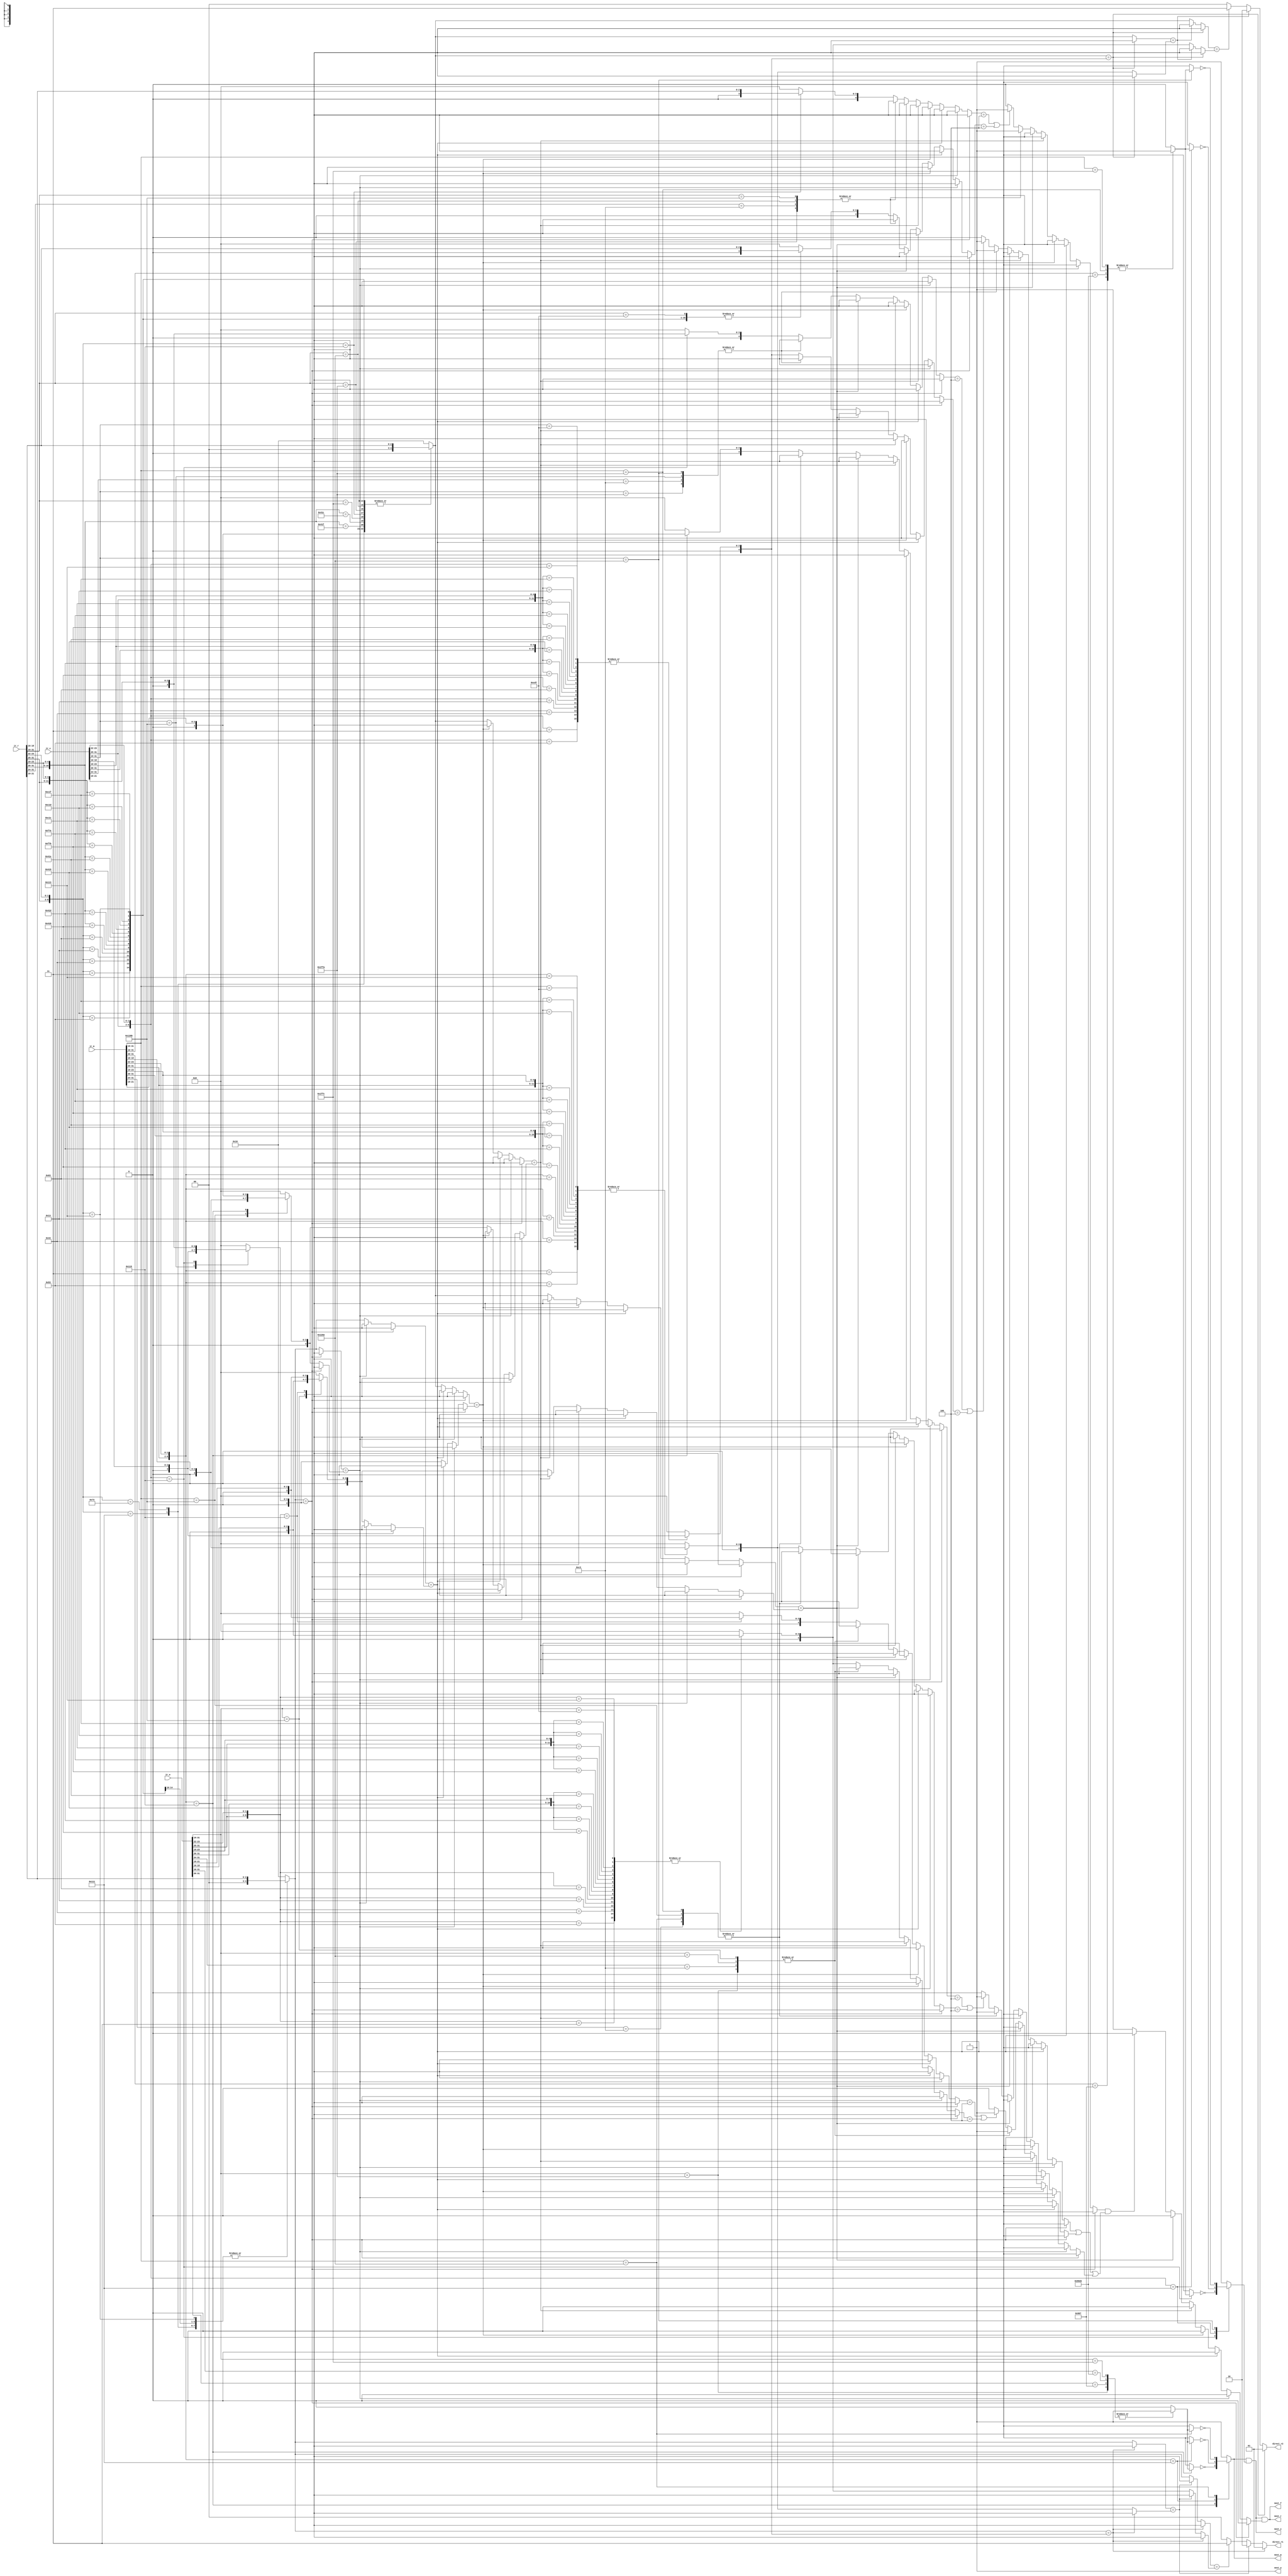
`define esp 3'b100

`define zLD   16'b 1000_101x_01_xxxxxx     // rg1, rg2, sim8
`define zST   16'b 1000_100x_01_xxxxxx     // rg1, rg2, sim8
`define zLIL  16'b 0110_0110_10_111_xxx    //      rg2, im16
`define zMOV  16'b 1000_100x_11_xxxxxx     // rg1, rg2
`define zADD  16'b 0000_000x_11_xxxxxx     // rg1, rg2
`define zSUB  16'b 0010_100x_11_xxxxxx     // rg1, rg2
`define zCMP  16'b 0011_100x_11_xxxxxx     // rg1, rg2 
`define zAND  16'b 0010_000x_11_xxxxxx     // rg1, rg2  
`define zOR   16'b 0000_100x_11_xxxxxx     // rg1, rg2 
`define zXOR  16'b 0011_000x_11_xxxxxx     // rg1, rg2
`define zADDI 16'b 1000_00xx_11_000_xxx    //      rg2, sim8
`define zSUBI 16'b 1000_00xx_11_101_xxx    //      rg2, sim8
`define zCMPI 16'b 1000_00xx_11_111_xxx    //      rg2, sim8 
`define zANDI 16'b 1000_00xx_11_100_xxx    //      rg2, sim8  
`define zORI  16'b 1000_00xx_11_001_xxx    //      rg2, sim8 
`define zXORI 16'b 1000_00xx_11_110_xxx    //      rg2, sim8  
`define zNEG  16'b 1111_011x_11_011_xxx    //      rg2
`define zNOT  16'b 1111_011x_11_010_xxx    //      rg2
`define zSLL  16'b 1100_000x_11_100_xxx    //      rg2, sim8
`define zSLA  16'b 1100_000x_11_100_xxx    //      rg2, sim8
`define zSRL  16'b 1100_000x_11_101_xxx    //      rg2, sim8
`define zSRA  16'b 1100_000x_11_111_xxx    //      rg2, sim8
`define zB    16'b 1001_0000_1110_1011     //           sim8
`define zBcc  16'b 1001_0000_0111_xxxx     //           sim8, tttn
`define zJALR 16'b 1111_1111_11_010_xxx    //      rg2
`define zRET  16'b 1100_0011_xxxx_xxxx     // 
`define zJR   16'b 1111_1111_11_100_xxx    //      rg2
`define zPUSH 16'b 1001_0000_0101_0_xxx    //      rg2
`define zPOP  16'b 1001_0000_0101_1_xxx    //      rg2
`define zNOP  16'b 1001_0000_1001_0000     // nop
`define zHLT  16'b 1111_0100_xxxx_xxxx     // hlt

module hazard_detector ( ir_r, ir_x, ir_m, ir_w,
                         next_f, next_r, next_x, next_m, next_w,
                         direct_r1, direct_r2
                         );
    input  [31:0] ir_r, ir_x, ir_m, ir_w;
    output next_f, next_r, next_x, next_m, next_w;
    output [1:0] direct_r1, direct_r2;
    wire   w, m, x, r, f;

    assign f = next_fctl( ir_r, ir_x, ir_m, ir_w );
    assign r = next_rctl( ir_r, ir_x, ir_m, ir_w );
    assign x = next_xctl( ir_r, ir_x, ir_m, ir_w );
    assign m = next_mctl( ir_r, ir_x, ir_m, ir_w );
    assign w = next_wctl( ir_r, ir_x, ir_m, ir_w );
    assign next_f = w & m & x & r & f;
    assign next_r = (w & m & x & r);
    assign next_x = w & m & x;
    assign next_m = w & m;
    assign next_w = w;
    assign direct_r1 = direct_r1ctl( ir_r, ir_x, ir_m, ir_w );
    assign direct_r2 = direct_r2ctl( ir_r, ir_x, ir_m, ir_w );

    function next_fctl;
        input  [31:0] ir_r, ir_x, ir_m, ir_w;
        begin
            next_fctl = 1'b1;
        end
    endfunction //

    // 0 -> 
    // 1 -> X
    // 2 -> M
    // 3 -> W
    function [1:0] direct_r1ctl;
        input  [31:0] ir_r, ir_x, ir_m, ir_w;
        begin
            if      ( readreg1(ir_r)==directreg(ir_x) ) direct_r1ctl = 2'b01;
            else if ( readreg1(ir_r)==directreg(ir_m) ) direct_r1ctl = 2'b10;
            else if ( readreg1(ir_r)==directreg(ir_w) ) direct_r1ctl = 2'b11;
            else                                        direct_r1ctl = 2'b00;
        end
    endfunction // if
    function [1:0] direct_r2ctl;
        input  [31:0] ir_r, ir_x, ir_m, ir_w;
        begin
            if      ( readreg2(ir_r)==directreg(ir_x) ) direct_r2ctl = 2'b01;
            else if ( readreg2(ir_r)==directreg(ir_m) ) direct_r2ctl = 2'b10;
            else if ( readreg2(ir_r)==directreg(ir_w) ) direct_r2ctl = 2'b11;
            else                                        direct_r2ctl = 2'b00;
        end
    endfunction // if
    
    function [1:0] next_rctl;
        input  [31:0] ir_r, ir_x, ir_m, ir_w;
        begin
            if      ( readreg1(ir_r)==changedreg(ir_x) ) next_rctl = 1'b0;
            else if ( readreg1(ir_r)==changedreg(ir_m) ) next_rctl = 1'b0;
            else if ( readreg1(ir_r)==changedreg(ir_w) ) next_rctl = 1'b0;
            else if ( readreg2(ir_r)==changedreg(ir_x) ) next_rctl = 1'b0;
            else if ( readreg2(ir_r)==changedreg(ir_m) ) next_rctl = 1'b0;
            else if ( readreg2(ir_r)==changedreg(ir_w) ) next_rctl = 1'b0;
            else if ( is_stack(ir_r) & 
                      ( is_stack(ir_x) |
                        is_stack(ir_m) |
                        is_stack(ir_w) ) )               next_rctl = 1'b0;
            else                                         next_rctl = 1'b1;
        end
    endfunction //
    function next_xctl;
        input  [31:0] ir_r, ir_x, ir_m, ir_w;
        begin
            casex ( ir_x[31:16] )
              `zLD   : next_xctl = ~is_jump(ir_m);
              `zST   : next_xctl = ~is_jump(ir_m);
              `zPUSH : next_xctl = ~is_jump(ir_m);
              default: next_xctl = 1'b1;
            endcase // casex ( ir_x[31:16] )
        end
    endfunction //
    function next_mctl;
        input  [31:0] ir_r, ir_x, ir_m, ir_w;
        begin
            casex ( ir_m[31:16] )
              `zLD   : next_mctl = ~is_jump(ir_w);
              `zST   : next_mctl = ~is_jump(ir_w);
              `zPUSH : next_mctl = ~is_jump(ir_w);
              default: next_mctl = 1'b1;
            endcase // casex ( ir_m[31:16] )
        end
    endfunction //
    function next_wctl;
        input  [31:0] ir_r, ir_x, ir_m, ir_w;
        begin
            next_wctl = 1'b1;
        end
    endfunction //

    // ===========================================
    // 
    function is_stack;
        input  [31:0] ir;
        begin
            casex ( ir[31:16] )
              `zJALR:  is_stack = 1'b1;
              `zRET:   is_stack = 1'b1;
              `zPUSH:  is_stack = 1'b1;
              `zPOP:   is_stack = 1'b1;
              default: is_stack = (
                                   (changedreg( ir ) == {2'b0,`esp}) ||
                                   (directreg( ir ) == {2'b0,`esp})     
                                  ) ? 1'b1:1'b0;
            endcase // casex ( ir[31:16] )
        end
    endfunction // casex
    

    // ===========================================
    // 
    function [4:0] readreg1;
        input  [31:0] ir;
        begin
            casex ( ir[31:16] )
              `zST:   readreg1 = {2'b0,ir[21:19]};
              `zMOV:  readreg1 = {2'b0,ir[21:19]};
              `zADD:  readreg1 = {2'b0,ir[21:19]};
              `zSUB:  readreg1 = {2'b0,ir[21:19]};
              `zCMP:  readreg1 = {2'b0,ir[21:19]};
              `zAND:  readreg1 = {2'b0,ir[21:19]};
              `zOR:   readreg1 = {2'b0,ir[21:19]};
              `zXOR:  readreg1 = {2'b0,ir[21:19]};
              default:readreg1 = 5'b10000;
            endcase // casex ( ir[31:16] )
        end
    endfunction // casex

    function [4:0] readreg2;
        input  [31:0] ir;
        begin
            casex ( ir[31:16] )
              `zLD:   readreg2 = {2'b0,ir[18:16]};
              `zST:   readreg2 = {2'b0,ir[18:16]};
              `zMOV:  readreg2 = {2'b0,ir[18:16]};
              `zADD:  readreg2 = {2'b0,ir[18:16]};
              `zSUB:  readreg2 = {2'b0,ir[18:16]};
              `zCMP:  readreg2 = {2'b0,ir[18:16]};
              `zAND:  readreg2 = {2'b0,ir[18:16]};
              `zOR:   readreg2 = {2'b0,ir[18:16]};
              `zXOR:  readreg2 = {2'b0,ir[18:16]};
              `zADDI: readreg2 = {2'b0,ir[18:16]};
              `zSUBI: readreg2 = {2'b0,ir[18:16]};
              `zCMPI: readreg2 = {2'b0,ir[18:16]};
              `zANDI: readreg2 = {2'b0,ir[18:16]};
              `zORI:  readreg2 = {2'b0,ir[18:16]};
              `zXORI: readreg2 = {2'b0,ir[18:16]};
              `zNEG:  readreg2 = {2'b0,ir[18:16]};
              `zNOT:  readreg2 = {2'b0,ir[18:16]};
              `zSLL:  readreg2 = {2'b0,ir[18:16]};
              `zSRL:  readreg2 = {2'b0,ir[18:16]};
              `zSRA:  readreg2 = {2'b0,ir[18:16]};
              `zJR:   readreg2 = {2'b0,ir[18:16]};
              `zJALR: readreg2 = {2'b0,ir[18:16]};
              `zPUSH: readreg2 = {2'b0,ir[18:16]};
              default:readreg2 = 5'b10000;
            endcase // casex ( ir[31:16] )
        end
    endfunction // casex
    

    // 5bitchangedreg4bit1
    // 5bit15bit
    function [4:0] changedreg;
        input  [31:0] ir;
        begin
            casex ( ir[31:16] )
              `zPOP:  changedreg = {2'b0,ir[18:16]};
              `zLD:   changedreg = {2'b0,ir[21:19]}; // rg1
              // default:changedreg = {2'b0,ir[18:16]}; // rg2
              default:changedreg = 5'b01000;
            endcase // casex ( inst[31:16] )
        end
    endfunction // casex

    function [4:0] directreg;
        input  [31:0] ir;
        begin
            casex ( ir[31:16] )
              `zADD:  directreg = {2'b0,ir[18:16]};
              `zSUB:  directreg = {2'b0,ir[18:16]};
              `zAND:  directreg = {2'b0,ir[18:16]};
              `zOR:   directreg = {2'b0,ir[18:16]};
              `zXOR:  directreg = {2'b0,ir[18:16]};
              `zADDI: directreg = {2'b0,ir[18:16]};
              `zSUBI: directreg = {2'b0,ir[18:16]};
              `zADDI: directreg = {2'b0,ir[18:16]};
              `zORI:  directreg = {2'b0,ir[18:16]};
              `zXORI: directreg = {2'b0,ir[18:16]};
              `zNEG:  directreg = {2'b0,ir[18:16]};
              `zNOT:  directreg = {2'b0,ir[18:16]};
              `zSLL:  directreg = {2'b0,ir[18:16]};
              `zSRL:  directreg = {2'b0,ir[18:16]};
              `zSRA:  directreg = {2'b0,ir[18:16]};
              `zMOV:  directreg = {2'b0,ir[18:16]};
              `zLIL:  directreg = {2'b0,ir[18:16]};
              default:directreg = 5'b01000;
            endcase // casex ( ir[31:16] )
        end
    endfunction // casex
    
    
    // =======================================
    // 

    function is_jump;
        input  [31:0] ir;
        begin
            casex ( ir[31:16] )
              `zBcc  : is_jump = 1'b1;
              `zB    : is_jump = 1'b1;
              `zJALR : is_jump = 1'b1;
              `zJR   : is_jump = 1'b1;
              default: is_jump = 1'b0;
            endcase // casex ( ir_w[31:16] )
        end
    endfunction //
    
endmodule // hazard_detector